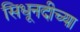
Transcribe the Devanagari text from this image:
सिधूनदीच्या